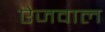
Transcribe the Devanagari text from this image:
ऐजवाल